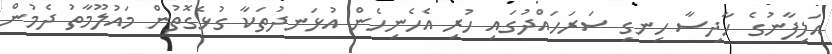
އަލިފާނުގެ ހާދިސާ ހިނގި ސަރަހައްދުގައި ހުރި އެހެނިހެން އުޅަނދުތަކާ ގުޅެގޮތުން މައުލޫމާތު ދެމުން